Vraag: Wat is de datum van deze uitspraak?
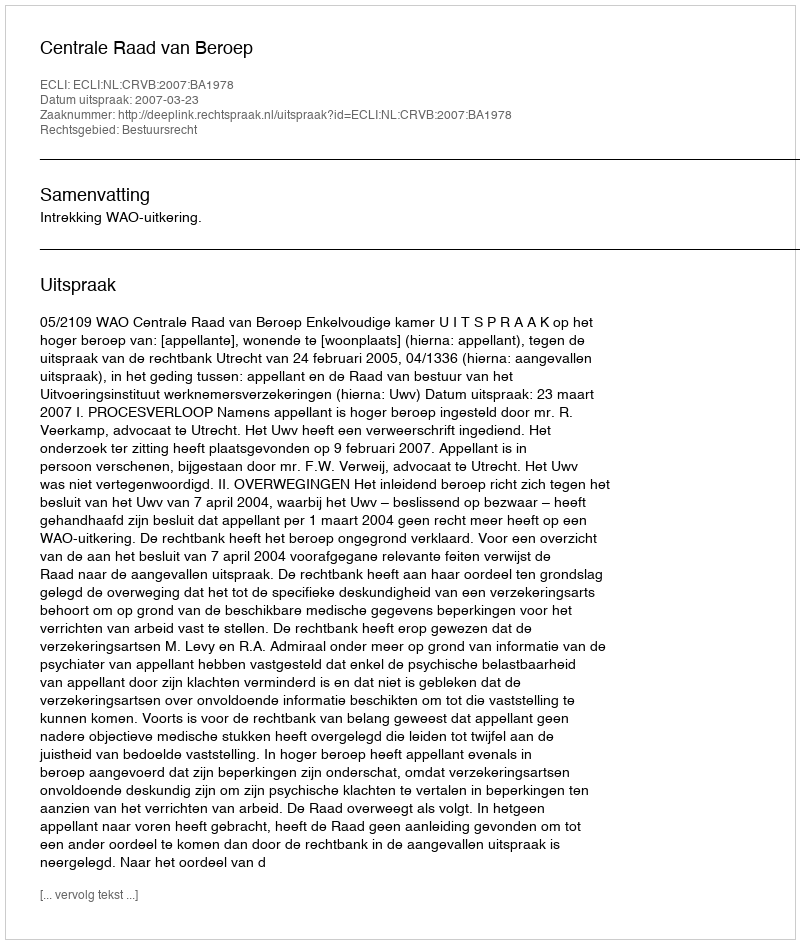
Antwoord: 2007-03-23